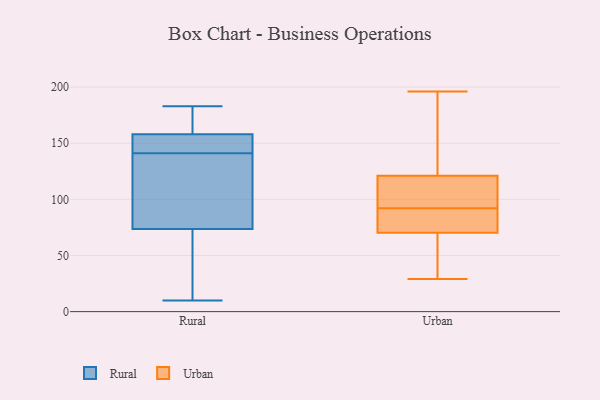
{"axis": {"x": "Waste Production (Tons)", "y": "Value"}, "legend": ["Rural", "Urban"], "data": [{"x": "", "y": 141, "type": "Rural"}, {"x": "", "y": 77, "type": "Rural"}, {"x": "", "y": 159, "type": "Rural"}, {"x": "", "y": 70, "type": "Rural"}, {"x": "", "y": 156, "type": "Rural"}, {"x": "", "y": 157, "type": "Rural"}, {"x": "", "y": 59, "type": "Rural"}, {"x": "", "y": 177, "type": "Rural"}, {"x": "", "y": 183, "type": "Rural"}, {"x": "", "y": 85, "type": "Rural"}, {"x": "", "y": 141, "type": "Rural"}, {"x": "", "y": 10, "type": "Rural"}, {"x": "", "y": 84, "type": "Urban"}, {"x": "", "y": 138, "type": "Urban"}, {"x": "", "y": 99, "type": "Urban"}, {"x": "", "y": 70, "type": "Urban"}, {"x": "", "y": 29, "type": "Urban"}, {"x": "", "y": 63, "type": "Urban"}, {"x": "", "y": 196, "type": "Urban"}, {"x": "", "y": 92, "type": "Urban"}, {"x": "", "y": 71, "type": "Urban"}, {"x": "", "y": 109, "type": "Urban"}, {"x": "", "y": 125, "type": "Urban"}]}